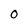
Character: 0